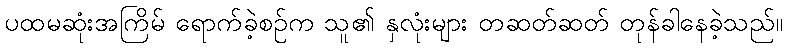
ပထမဆုံးအကြိမ် ရောက်ခဲ့စဉ်က သူ၏ နှလုံးများ တဆတ်ဆတ် တုန်ခါနေခဲ့သည်။